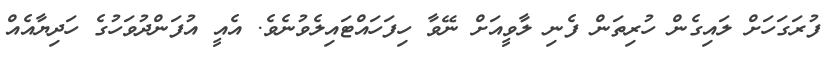
ފުރަގަހަށް ލައިގެން ހުރިތަން ފެނި ލާވީއަށް ނޭވާ ހިފަހައްޓައިލެވުނެވެ. އެއީ އުފަންދުވަހުގެ ހަދިޔާއެއް